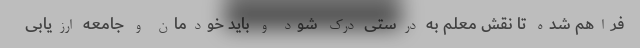
فراهم شده تا نقش معلم به درستی درک شود و باید خودمان و جامعه ارزیابی